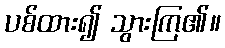
ပစ်ထား၍ သွားကြ၏။